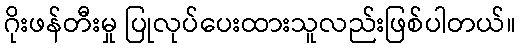
ဂိုးဖန်တီးမှု ပြုလုပ်ပေးထားသူလည်းဖြစ်ပါတယ်။